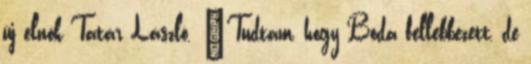
új elnök Tatár László. "Tudtam, hogy Boda fellebbezett, de